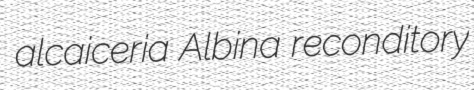
alcaiceria Albina reconditory